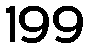
199